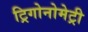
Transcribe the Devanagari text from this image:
ट्रिगोनोमेट्री